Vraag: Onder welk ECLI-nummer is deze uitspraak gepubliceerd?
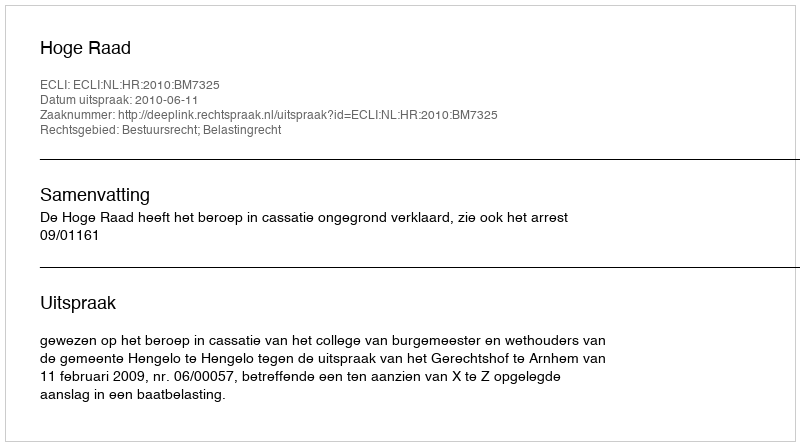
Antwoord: ECLI:NL:HR:2010:BM7325